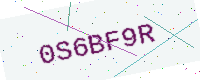
Text: 0S6BF9R